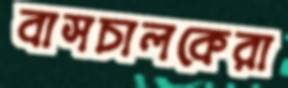
বাসচালকেরা